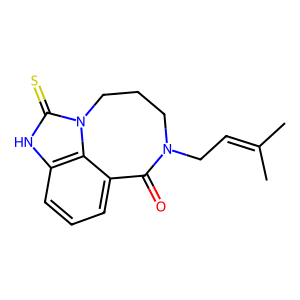
SMILES: CC(C)=CCN1CCCn2c(=S)[nH]c3cccc(c32)C1=O
Inhibits HIV replication: No